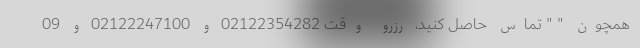
همچون " " تماس حاصل کنید، رزرو وقت 02122354282 و 02122247100 و 09